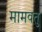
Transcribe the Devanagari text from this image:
मामवतु